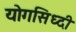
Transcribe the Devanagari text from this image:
योगसिध्दी